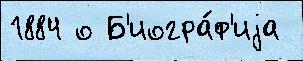
1884 о Б'иогра́ф'иjа